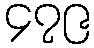
၄၇၉